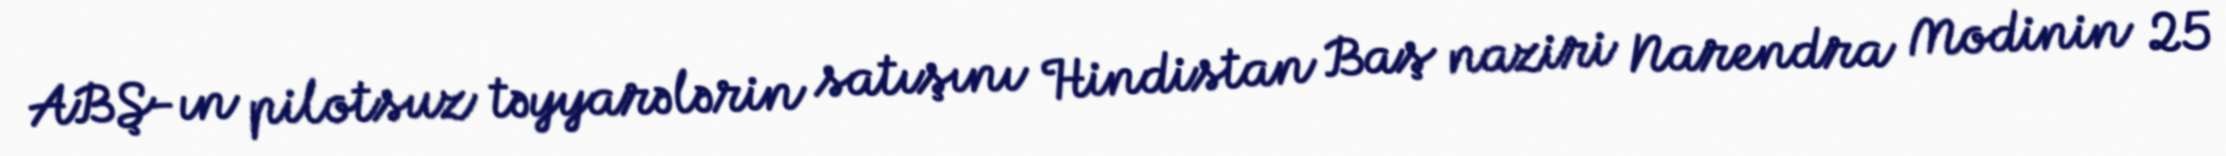
ABŞ-ın pilotsuz təyyarələrin satışını Hindistan Baş naziri Narendra Modinin 25